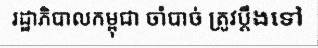
រដ្ឋាភិបាលកម្ពុជា ចាំបាច់ ត្រូវប្តឹងទៅ